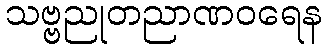
သဗ္ဗညုတညာဏဝရေန